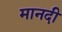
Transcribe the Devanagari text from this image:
मानदी